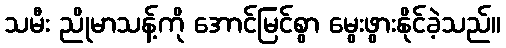
သမီး ညိုမာသန့်ကို အောင်မြင်စွာ မွေးဖွားနိုင်ခဲ့သည်။